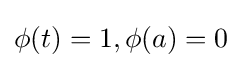
\phi (t)=1,\phi (a)=0